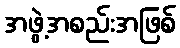
အဖွဲ့အစည်းအဖြစ်